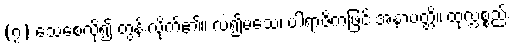
(၇) သေစေလို၍ တွန်းလိုက်၏။ လဲ၍မသေ၊ ပါရာဇိကဖြင့် အနာပတ္တိ။ ထုလ္လစ္စည်း